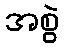
အစွဲ